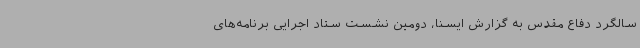
سالگرد دفاع مقدس به گزارش ایسنا، دومین نشست ستاد اجرایی برنامه‌های